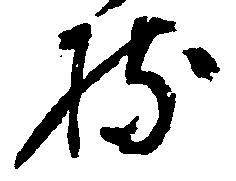
持